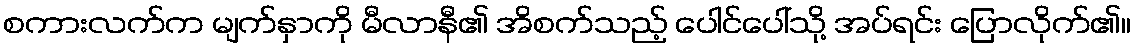
စကားလက်က မျက်နှာကို မီလာနီ၏ အိစက်သည့် ပေါင်ပေါ်သို့ အပ်ရင်း ပြောလိုက်၏။